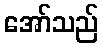
အော်သည်